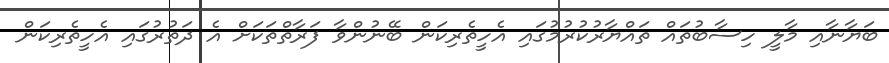
ބަޔާނާއި މާލީ ހިސާބުތައް ތައްޔާރުކުރުމުގައި އެހީތެރިކަން ބޭނުންވާ ފަރާތްތަކަށް އެ ދަތުރުގައި އެހީތެރިކަން